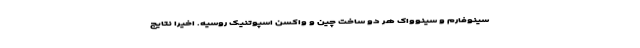
سینوفارم و سینوواک هر دو ساخت چین و واکسن اسپوتنیک روسیه. اخیرا نتایج